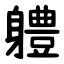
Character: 軆